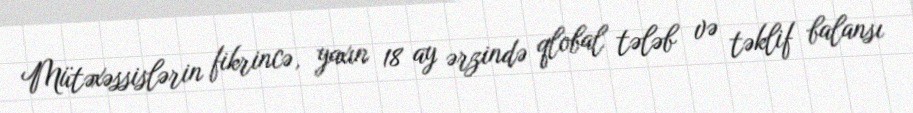
Mütəxəssislərin fikrincə, yaxın 18 ay ərzində qlobal tələb və təklif balansı